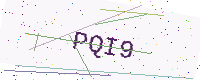
Text: PQI9